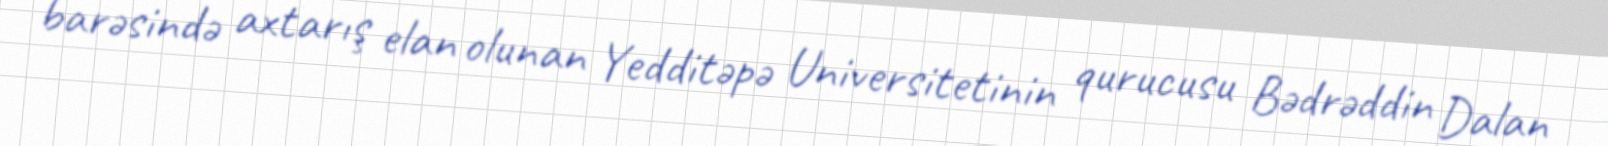
barəsində axtarış elan olunan Yedditəpə Universitetinin qurucusu Bədrəddin Dalan